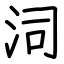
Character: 泀